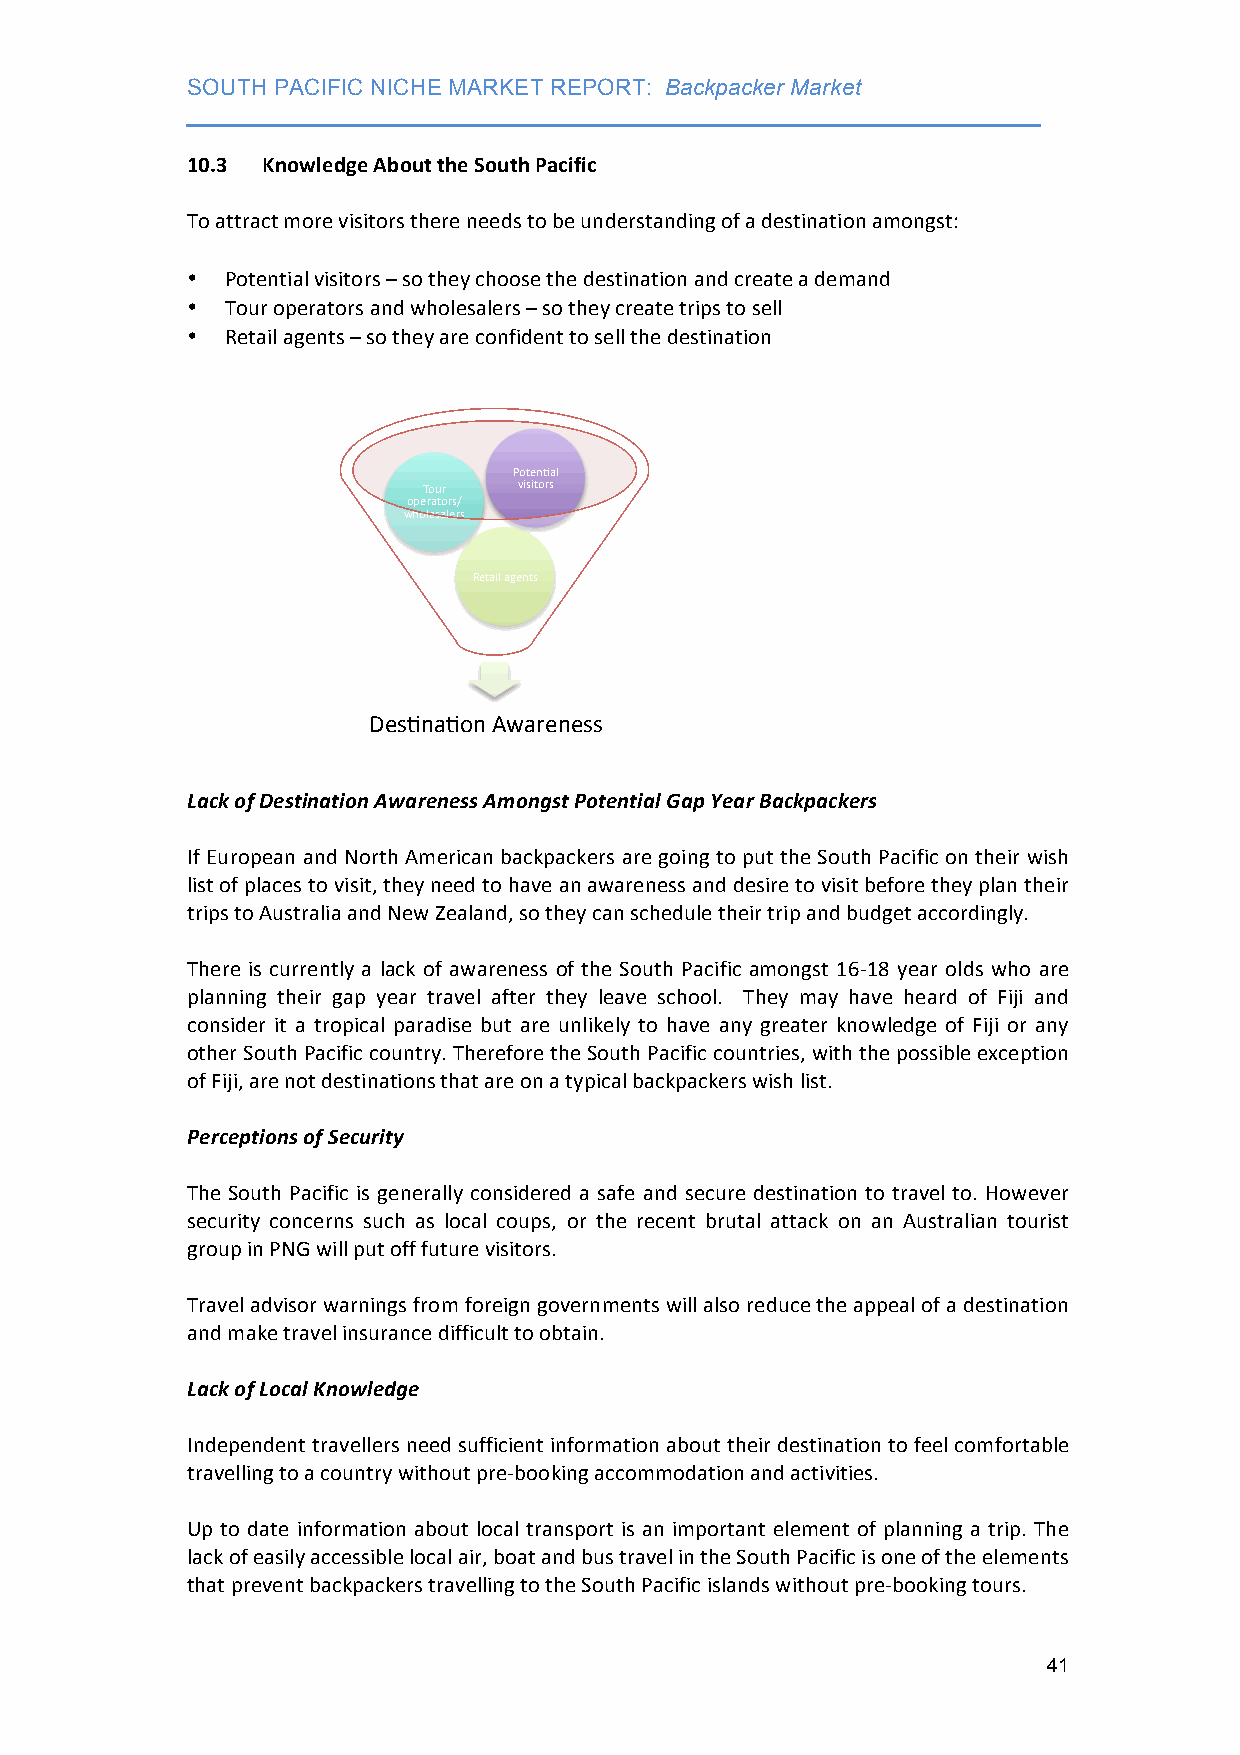
SOUTH PACIFIC NICHE MARKET REPORT: Backpacker Market
 ___________________________________________________________________
 10.3 Knowledge About the South Pacific
 To attract more visitors there needs to be understanding of a destination amongst:
 •  Potential visitors – so they choose the destination and create a demand
 •  Tour operators and wholesalers – so they create trips to sell
 •  Retail agents – so they are confident to sell the destination
 Potenral
 Tour  visitors
 operators/
 wholesalers
 Retail agents
 Desrnaron Awareness
 Lack of Destination Awareness Amongst Potential Gap Year Backpackers
 If European and North American backpackers are going to put the South Pacific on their wish
 list of places to visit, they need to have an awareness and desire to visit before they plan their
 trips to Australia and New Zealand, so they can schedule their trip and budget accordingly.
 There is currently a lack of awareness of the South Pacific amongst 16-­‐18 year olds who are
 planning their gap year travel after they leave school. They may have heard of Fiji and
 consider it a tropical paradise but are unlikely to have any greater knowledge of Fiji or any
 other South Pacific country. Therefore the South Pacific countries, with the possible exception
 of Fiji, are not destinations that are on a typical backpackers wish list.
 Perceptions of Security
 The South Pacific is generally considered a safe and secure destination to travel to. However
 security concerns such as local coups, or the recent brutal attack on an Australian tourist
 group in PNG will put off future visitors.
 Travel advisor warnings from foreign governments will also reduce the appeal of a destination
 and make travel insurance difficult to obtain.
 Lack of Local Knowledge
 Independent travellers need sufficient information about their destination to feel comfortable
 travelling to a country without pre-­‐booking accommodation and activities.
 Up to date information about local transport is an important element of planning a trip. The
 lack of easily accessible local air, boat and bus travel in the South Pacific is one of the elements
 that prevent backpackers travelling to the South Pacific islands without pre-­‐booking tours.
 41